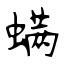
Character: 螨